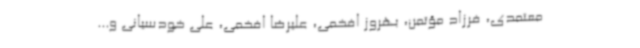
معتمدی، فرزاد مؤتمن، بهروز افخمی، علیرضا افخمی، علی خودسیانی و...